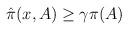
LaTeX: \begin{align*}\begin{aligned} \hat{\pi}(x,A)&\geq \gamma \pi(A)\\\end{aligned}\end{align*}